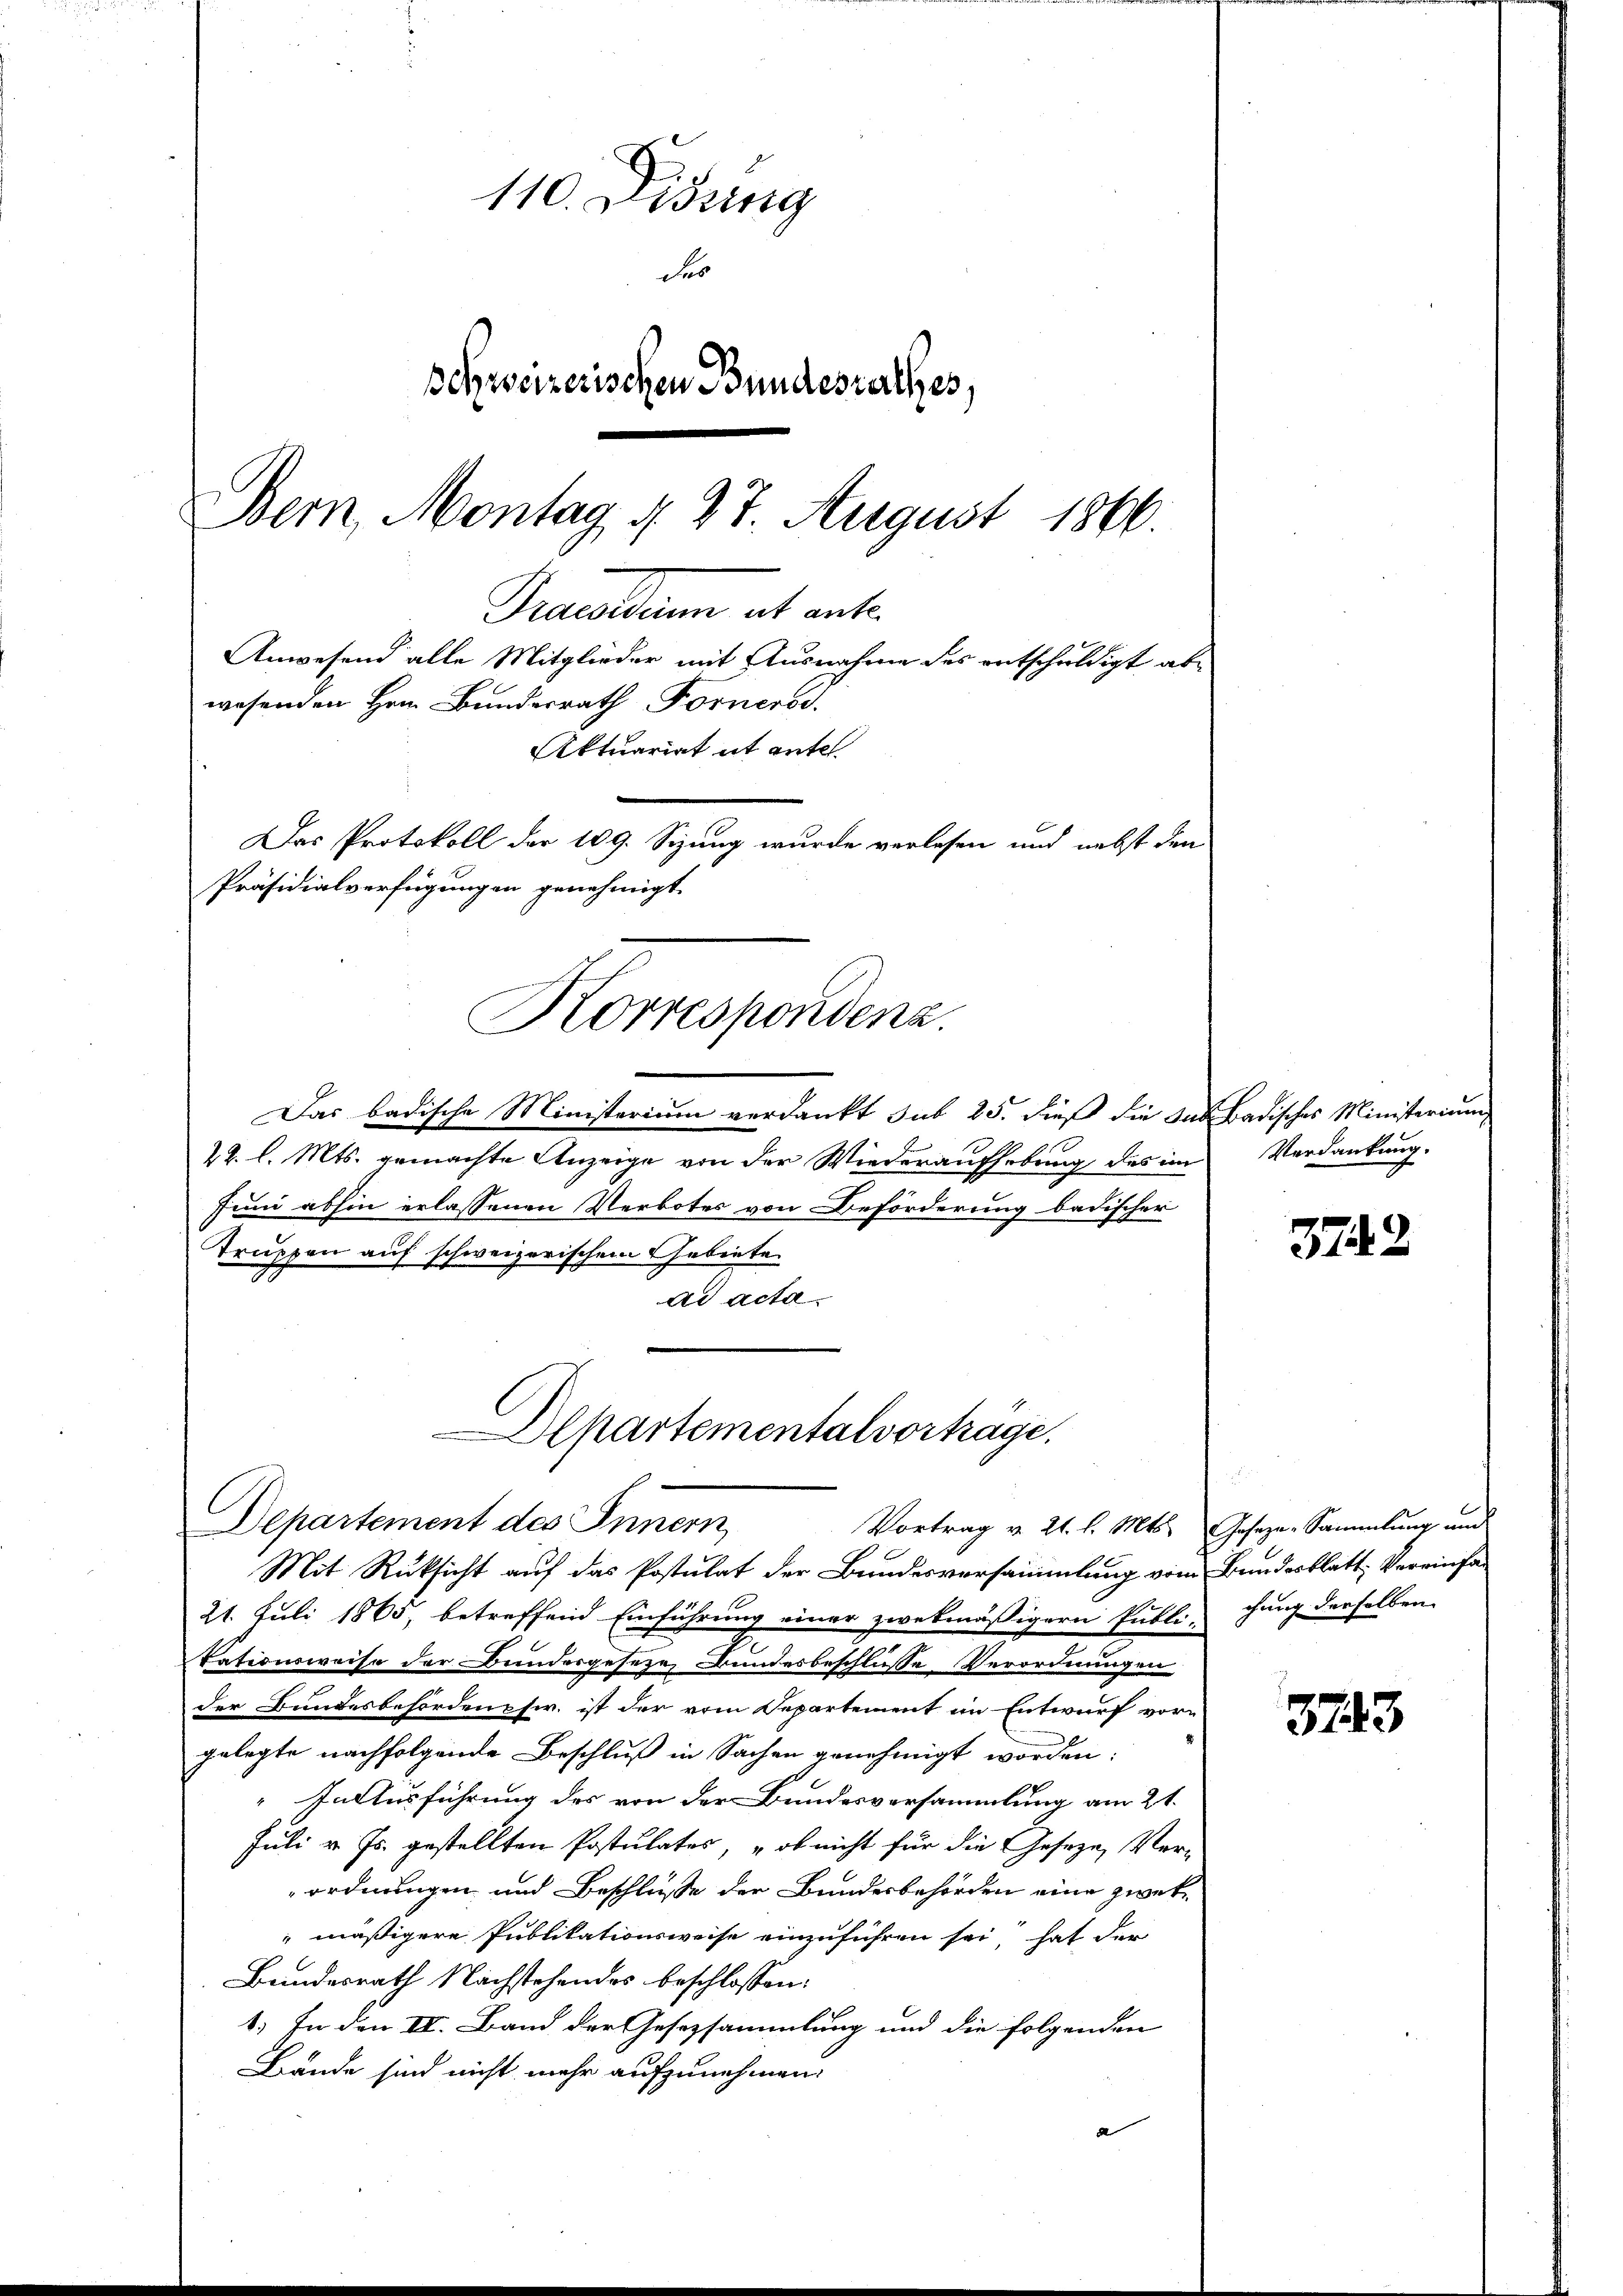
110. Didung
des
schweizerischen Bundesrathes,
Bern, Montag d. 27. August 1866.
Precarium et ent¬
Anwesend alle Mitglieder mit Ausnahme des entschuldigt abe
wesenden Hrn. Bundesrath Fornerod.
Aktuariat it entel
Das Protokoll der 109. Sizung wurde verlesen und nebst den

Präsidialverfügungen genehmigt.
Korrespondenz.

Alpartementalvortrage.
Departement des Innern,

Das badische Ministerium verdankt sub 25. dieß die zum Badisches Ministerium
12. l. Mts. gemachte Anzeige von der Wiederaufhebung des im
Juni abhin erlassenen Verbotes von Beförderung badischer
Truppen auf schweizerischem Gebiete.
ad acta
Vortrag v. 21. l. Mts. Geseze-Sammlung und
Mit Rücksicht auf das Postulat der Bundesversammlung vom Bundesblatt Vereinfa¬
21. Juli 1865, betreffend Einführung einer zwekmäßigern Publichung derselben
Tationsweise der Bundesgeseze, Bundesbeschlusse Verordnungen
der Bundesbehördenphw. ist der vom Departement im Entwurf vor-
gelegte nachfolgende Beschluß in Sachen genehmigt worden:
" In Ausführung des von der Bundesversammlung am 21.
Juli v. Js. gestellten Postulates, ob nicht für die Geseze, Verordnungen und Beschluße der Bundesbehörden eine zwekmäßigere Publikationsweise einzuführen sei, hat der
Bundesrath Nachstehendes beschlossen:
1. In den IV. Band der Gesezsammlung und die folgenden
Bände sind nicht mehr aufzunehmen.
d

Verdankung.

3742

3743